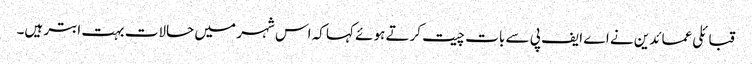
قبائلی عمائدین نے اے ایف پی سے بات چیت کرتے ہوئے کہا کہ اس شہر میں حالات بہت ابتر ہیں۔